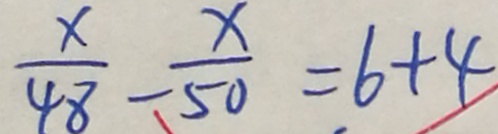
\frac { x } { 4 8 } - \frac { x } { 5 0 } = 6 + 4